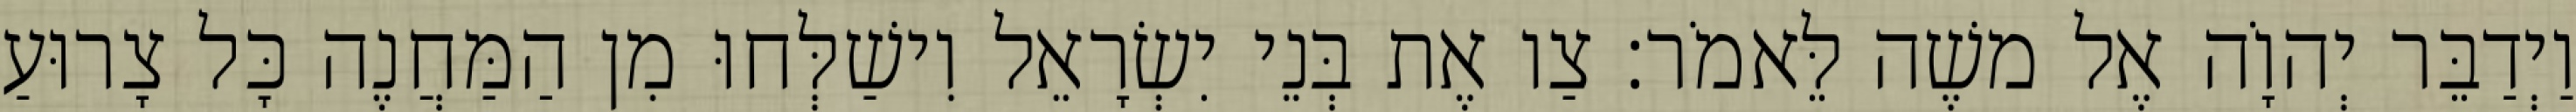
וַיְדַבֵּר יְהוָֹה אֶל משֶׁה לֵּאמֹר׃ צַו אֶת בְּנֵי יִשְׂרָאֵל וִישַׁלְּחוּ מִן הַמַּחֲנֶה כָּל צָרוּעַ